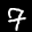
Label: 7